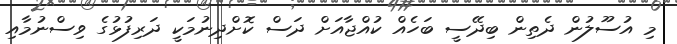
މި އުސޫލުން ދެތިން ބިދޭސީ ބަހެއް ކުއްޖާއަށް ދަސް ކޮށްދިނުމަކީ ދަރިފުޅުގެ ވިސްނުމާއި